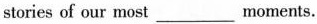
stories of our most ___ moments.